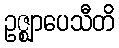
ဥဇ္ဈာပေသီတိ